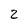
Character: 2